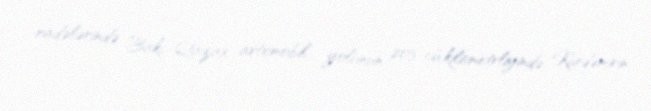
radələrində Bakı-Qazax avtomobil yolunun 203-cü kilometrliyində, Kürdəmirin